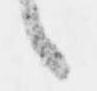
候